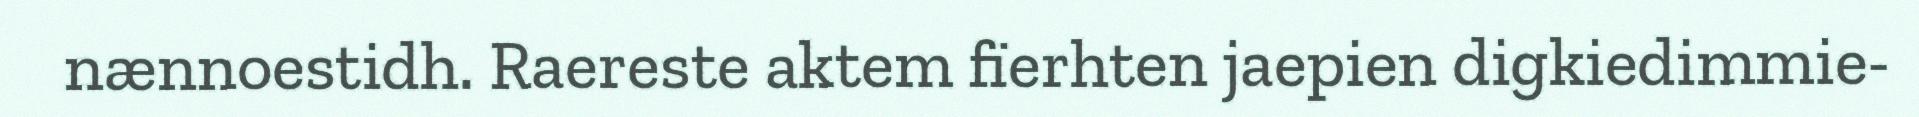
nænnoestidh. Raereste aktem fïerhten jaepien digkiedimmie-